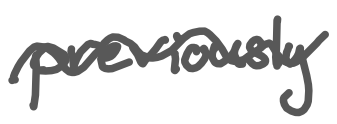
Text: previously
Cross-out: wave
Writing tool: digital_gray